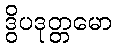
ဒွိပဒုတ္တမော